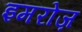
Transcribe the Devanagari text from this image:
इमरोज़